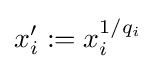
x'_{i}:=x_{i}^{1/q_{i}}